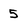
Character: 5